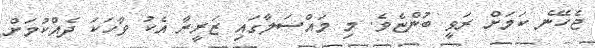
ޖެހޭނެ ކަމަށް ރަވީ ބުންޏެވެ. މި މައްސަލާގައި ޒަރީރާ އެކު ވާހަކަ ދެއްކުމަށް